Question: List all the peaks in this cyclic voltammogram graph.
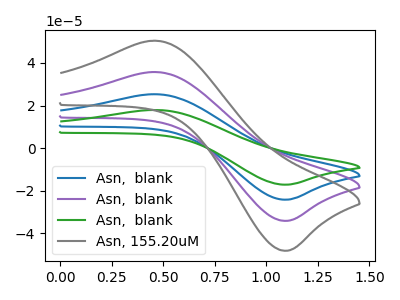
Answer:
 <answer>The blue curve "Asn,  blank" has an anodic peak at (0.45V, 71.40uA) and a cathodic peak at (1.10V, -68.10uA). The purple curve "Asn,  blank" has an anodic peak at (0.45V, 35.70uA) and a cathodic peak at (1.10V, -34.05uA). The green curve "Asn,  blank" has an anodic peak at (0.45V, 107.10uA) and a cathodic peak at (1.10V, -102.15uA). The gray curve "Asn, 155.20uM" has an anodic peak at (0.45V, 50.40uA) and a cathodic peak at (1.10V, -48.05uA).</answer>
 <eval></eval>